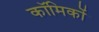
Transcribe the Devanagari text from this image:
काॅमिकों